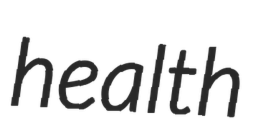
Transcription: health